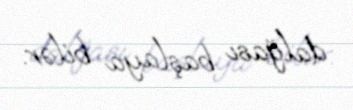
dalğası başlaya bilər.